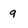
Character: q